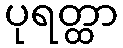
ပုရတ္ထာ